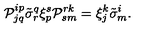
{ \cal P } _ { j q } ^ { i p } \tilde { \sigma } _ { r } ^ { q } \xi _ { p } ^ { s } { \cal P } _ { s m } ^ { r k } = \xi _ { j } ^ { k } \tilde { \sigma } _ { m } ^ { i } .